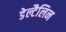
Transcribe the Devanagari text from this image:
डेल्टैलिन